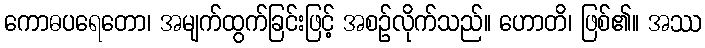
ကောဓပရေတော၊ အမျက်ထွက်ခြင်းဖြင့် အစဉ်လိုက်သည်။ ဟောတိ၊ ဖြစ်၏။ အဿ